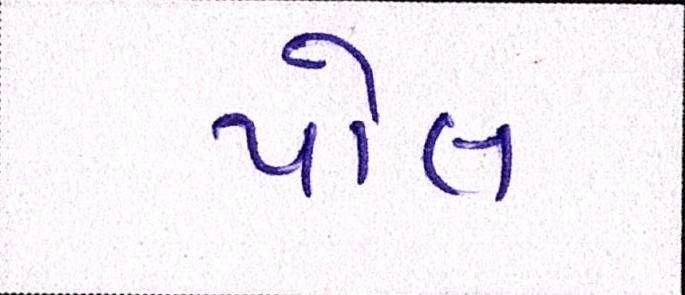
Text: પોલ